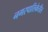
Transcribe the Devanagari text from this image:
नगरपालिकेतील